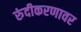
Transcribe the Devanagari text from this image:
रुंदीकरणावर